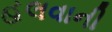
હલવાની